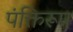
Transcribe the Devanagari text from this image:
पंक्तिरूप